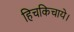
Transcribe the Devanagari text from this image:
हिचकिचाये।